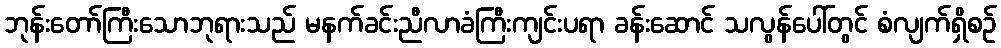
ဘုန်းတော်ကြီးသောဘုရားသည် မနက်ခင်းညီလာခံကြီးကျင်းပရာ ခန်းဆောင် သလွန်ပေါ်တွင် စံလျက်ရှိစဉ်